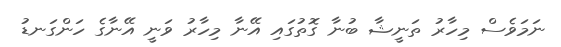
ނަމަވެސް މިހާރު ތަނީޝާ ބުނާ ގޮތުގައި އޭނާ މިހާރު ވަނީ އޭނާގެ ހަންގަނޑު